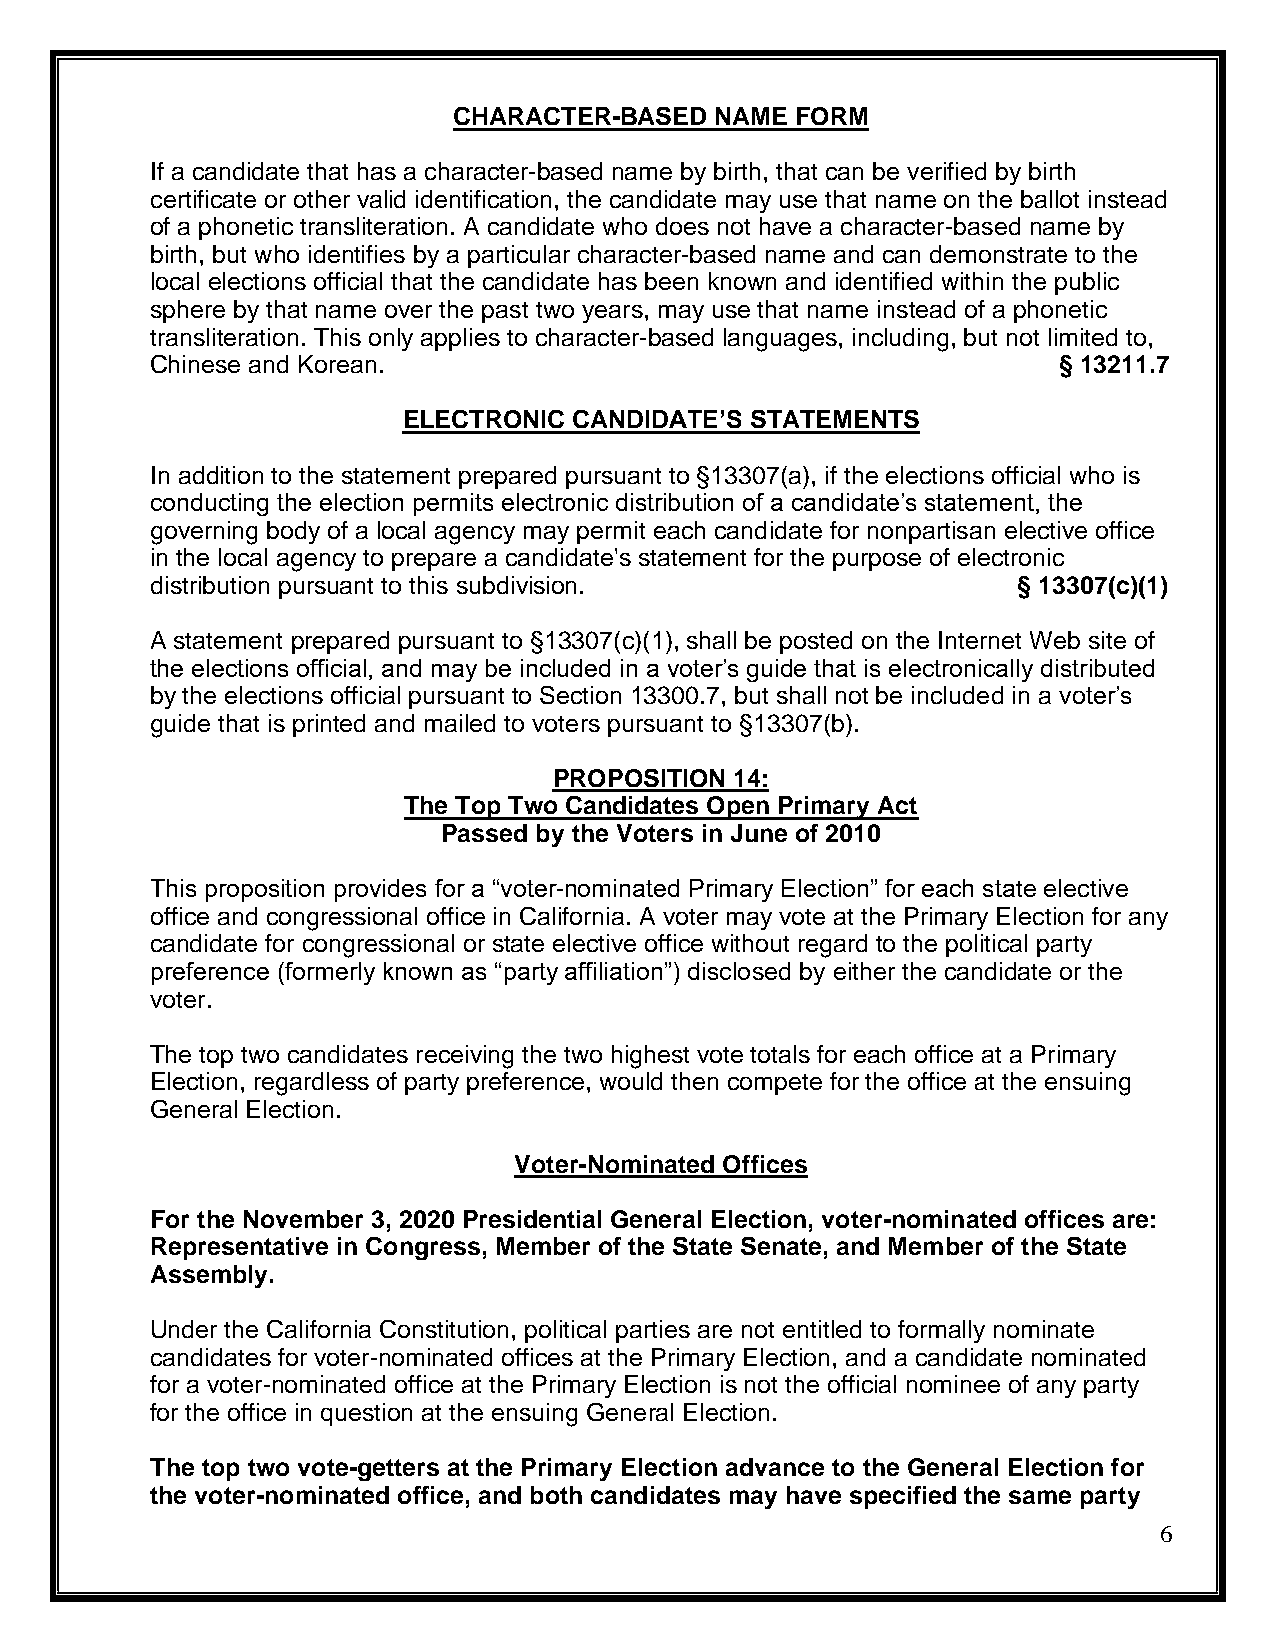
CHARACTER-BASED  NAME  FORM
 If a candidate that has a character-based name by birth, that can be verified by birth
 certificate or other valid identification, the candidate may use that name on the ballot instead
 of a phonetic transliteration. A candidate who does not have a character-based name by
 birth, but who identifies by a particular character-based name and can demonstrate to the
 local elections official that the candidate has been known and identified within the public
 sphere by that name over the past two years, may use that name instead of a phonetic
 transliteration. This only applies to character-based languages, including, but not limited to,
 Chinese and Korean.                                         § 13211.7
 ELECTRONIC CANDIDATE’S STATEMENTS
 In addition to the statement prepared pursuant to §13307(a), if the elections official who is
 conducting the election permits electronic distribution of a candidate’s statement, the
 governing body of a local agency may permit each candidate for nonpartisan elective office
 in the local agency to prepare a candidate's statement for the purpose of electronic
 distribution pursuant to this subdivision.               § 13307(c)(1)
 A statement prepared pursuant to §13307(c)(1), shall be posted on the Internet Web site of
 the elections official, and may be included in a voter’s guide that is electronically distributed
 by the elections official pursuant to Section 13300.7, but shall not be included in a voter’s
 guide that is printed and mailed to voters pursuant to §13307(b).
 PROPOSITION 14:
 The Top Two Candidates Open Primary Act
 Passed by the Voters in June of 2010
 This proposition provides for a “voter-nominated Primary Election” for each state elective
 office and congressional office in California. A voter may vote at the Primary Election for any
 candidate for congressional or state elective office without regard to the political party
 preference (formerly known as “party affiliation”) disclosed by either the candidate or the
 voter.
 The top two candidates receiving the two highest vote totals for each office at a Primary
 Election, regardless of party preference, would then compete for the office at the ensuing
 General Election.
 Voter-Nominated Offices
 For the November 3, 2020 Presidential General Election, voter-nominated offices are:
 Representative in Congress, Member of the State Senate, and Member of the State
 Assembly.
 Under the California Constitution, political parties are not entitled to formally nominate
 candidates for voter-nominated offices at the Primary Election, and a candidate nominated
 for a voter-nominated office at the Primary Election is not the official nominee of any party
 for the office in question at the ensuing General Election.
 The top two vote-getters at the Primary Election advance to the General Election for
 the voter-nominated office, and both candidates may have specified the same party
 6